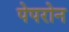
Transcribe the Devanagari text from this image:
पेपरोन